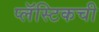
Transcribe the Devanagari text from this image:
प्लॅस्टिकची